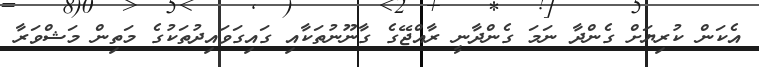
އެކަން ކުރިޔަށް ގެންދާ ނަމަ ގެންދާނީ ރާއްޖޭގެ ގާނޫނުތަކާއި ގައިގަވައިދުތަކުގެ މަތިން މަޝްވަރާ